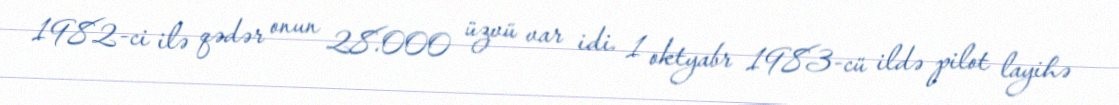
1982-ci ilə qədər onun 28.000 üzvü var idi. 1 oktyabr 1983-cü ildə pilot layihə